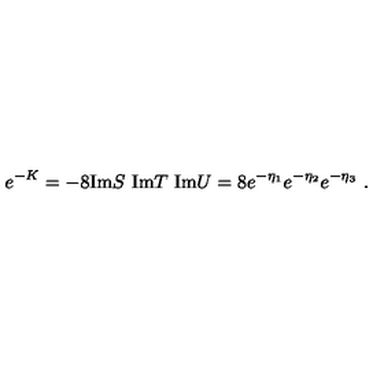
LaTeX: e ^ { - K } = - 8 \mathrm { I m } S \ \mathrm { I m } T \ \mathrm { I m } U = 8 e ^ { - \eta _ { 1 } } e ^ { - \eta _ { 2 } } e ^ { - \eta _ { 3 } } \ .